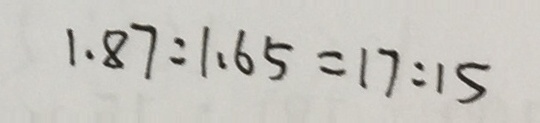
1 . 8 7 : 1 . 6 5 = 1 7 : 1 5